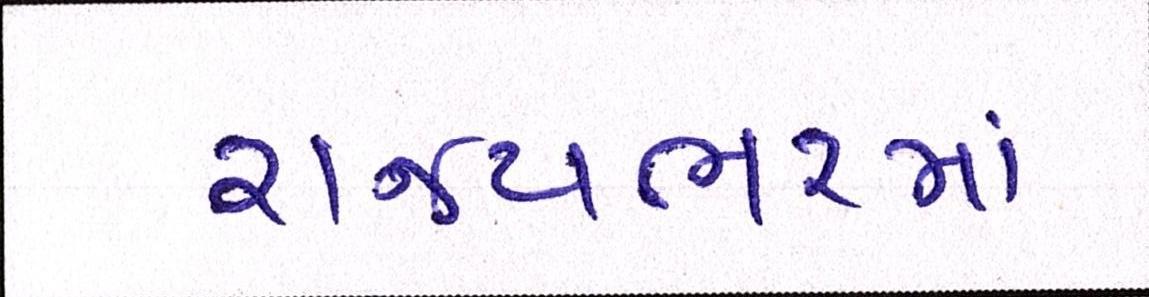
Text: રાજ્યભરમાં